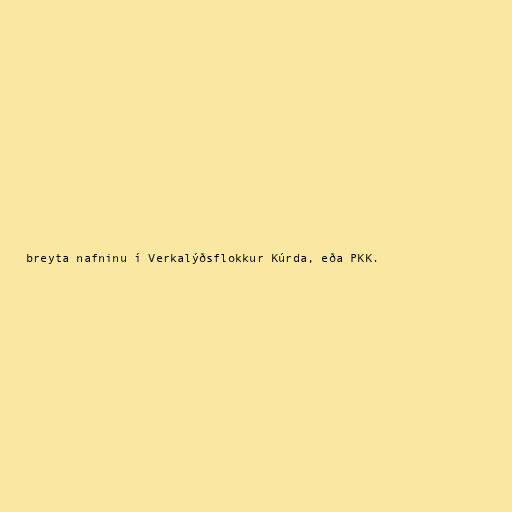
breyta nafninu í Verkalýðsflokkur Kúrda, eða PKK.